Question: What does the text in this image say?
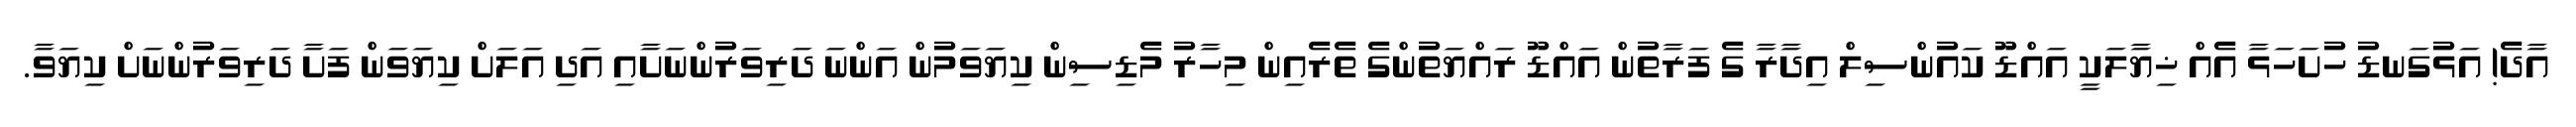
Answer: އާދެ! އަޅުގަނޑު ހުށަހަޅާ އެއް ޚިޔާލަކީ އައްޑޫ ކައުންސިލް އިދާރާ ގެ ފަރާތުން އައްޑޫ ރައްޔަތުންގެ ތެރެއިން މިހާރު މެޑިސިން ކިޔަވަމުން އަންނަ ދަރިވަރުންނަށާއި އަދި އަލަށް ކިޔަވަން ފަށާ ދަރިވަރުންނަށް ކިޔަވާ.